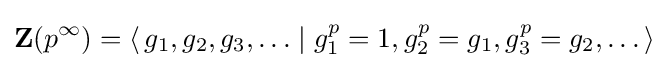
\mathbf {Z} (p^{\infty })=\langle \,g_{1},g_{2},g_{3},\ldots \mid g_{1}^{p}=1,g_{2}^{p}=g_{1},g_{3}^{p}=g_{2},\dots \,\rangle